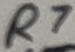
Text: R7